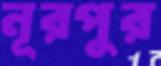
নূরপুর